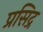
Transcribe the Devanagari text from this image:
प्रसिद्र